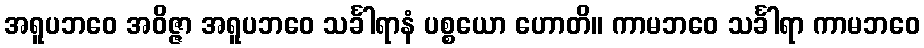
အရူပဘဝေ အဝိဇ္ဇာ အရူပဘဝေ သင်္ခါရာနံ ပစ္စယော ဟောတိ။ ကာမဘဝေ သင်္ခါရာ ကာမဘဝေ